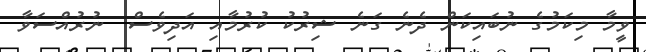
ވީމާ މިކަމުގެ ނުބައިކަން ދެނެ ގަނެ ޝިރުކު ކުރުމާއި އަދިވެސް  ނުރުއްސަވާ